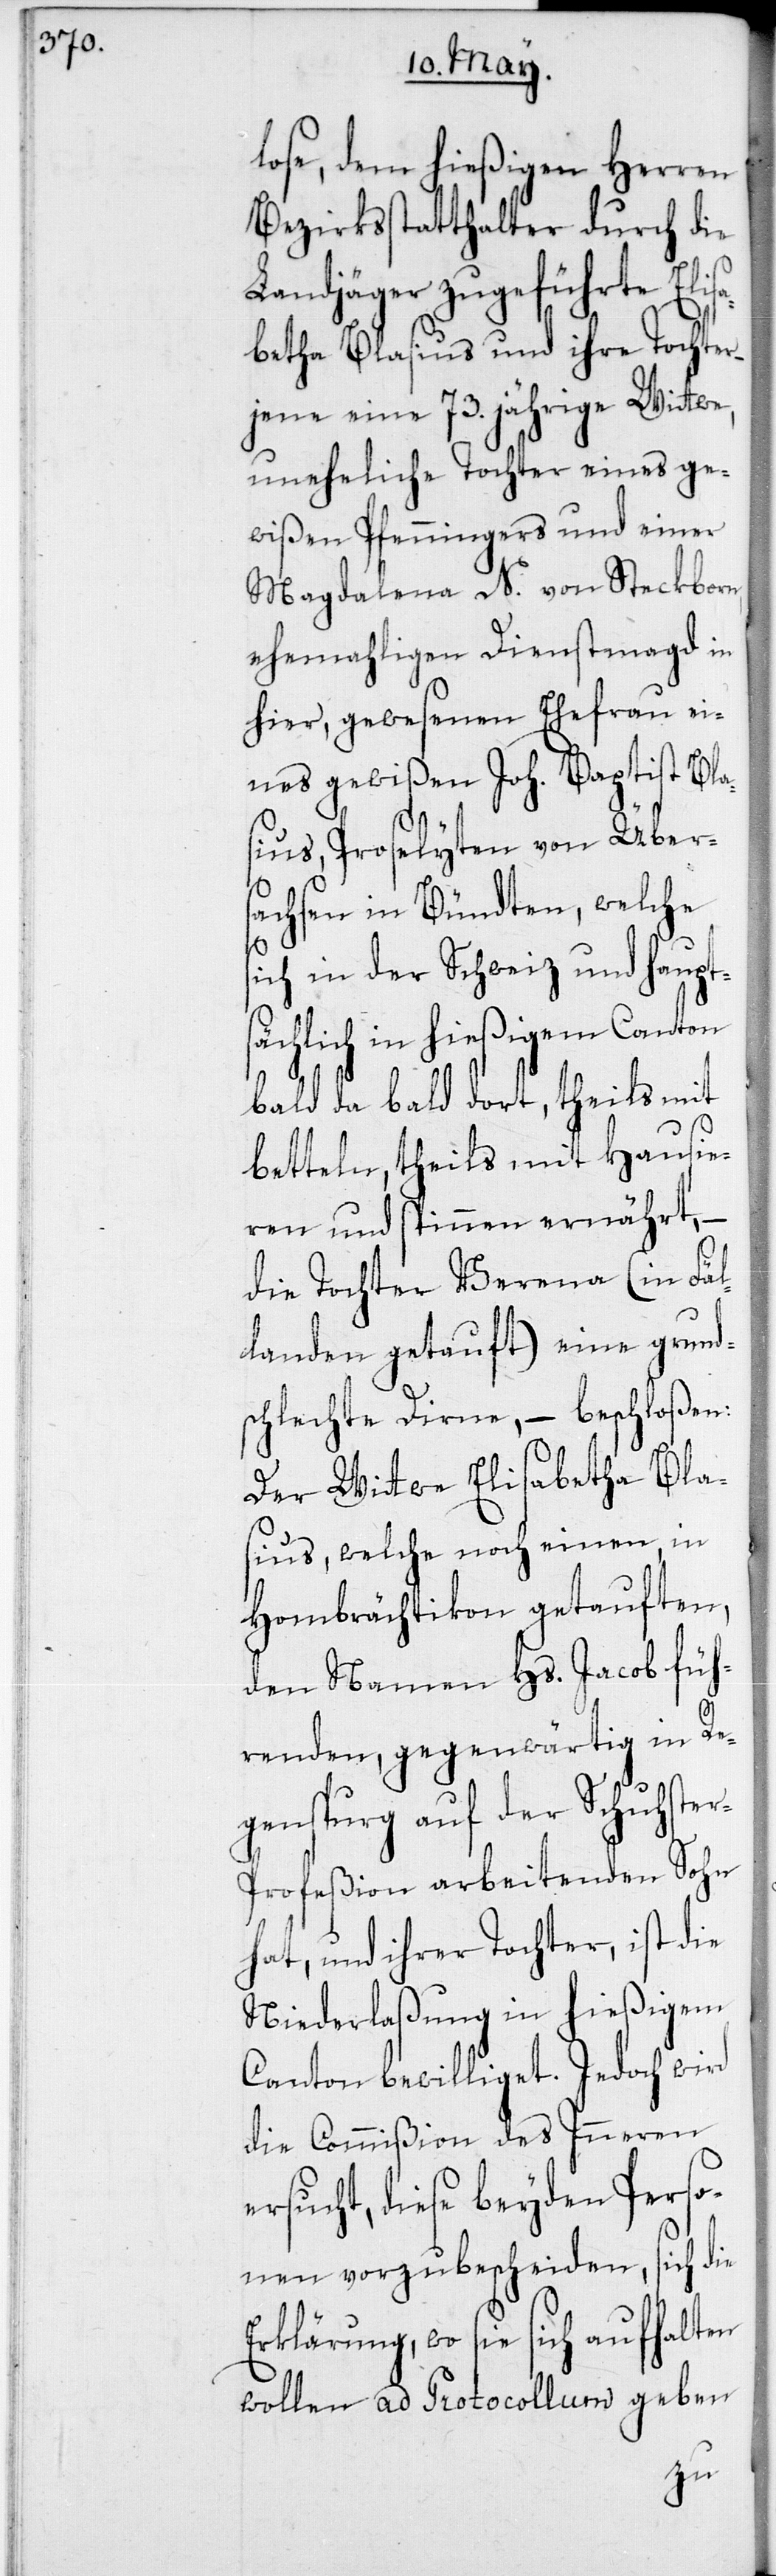
lose, dem hießigen Herren
Bezirksstatthalter durch die
Landjäger zugeführte Elis¬
abetha Blasius und ihre Tochter,
jene eine 73. jährige Wittwe,
uneheliche Tochter eines ge¬
wißen Pfenningers und einer
Magdalena N. von Steckborn,
ehemahligen Dienstmagd in
hier, gewesenen Ehefrau ei¬
nes gewißen Joh. Baptist Bla¬
sius, Proselyten von Übers¬
achsen in Bündten, welche
sich in der Schweiz und haupts¬
ächlich in hießigem Canton
bald da bald dort, theils mit
betteln, theils mit Hausie¬
ren und spinnen ernährt, –
die Tochter Verena (in Fäl¬
landen getauft) eine grund¬
schlechte Dirne, – beschloßen:
Der Wittwe Elisabetha Bla¬
sius, welche noch einen in
Hombrächtikon getauften,
den Namen Hs. Jacob füh¬
renden, gegenwärtig in Re¬
genspurg auf der Schuhste¬
r-Profeßion arbeitenden Sohn
hat, und ihrer Tochter, ist die
Niederlaßung in hießigem
Canton bewilliget. Jedoch wird
die Commißion des Inneren
ersucht, diese beyden Perso¬
nen vorzubescheiden, sich die
Erklärung, wo sie sich aufhalten
wollen ad Protocollum geben